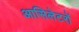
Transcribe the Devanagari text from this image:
आसिलेटरों